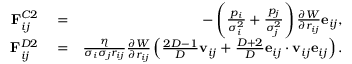
\begin{array} { r l r } { \mathbf { F } _ { i j } ^ { C 2 } } & { { } = } & { - \left( \frac { p _ { i } } { \sigma _ { i } ^ { 2 } } + \frac { p _ { j } } { \sigma _ { j } ^ { 2 } } \right) \frac { \partial { W } } { \partial { r _ { i j } } } \mathbf { e } _ { i j } , } \\ { \mathbf { F } _ { i j } ^ { D 2 } } & { { } = } & { \frac { \eta } { \sigma _ { i } \sigma _ { j } r _ { i j } } \frac { \partial { W } } { \partial { r _ { i j } } } \left( \frac { 2 D - 1 } { D } \mathbf { v } _ { i j } + \frac { D + 2 } { D } \mathbf { e } _ { i j } \cdot \mathbf { v } _ { i j } \mathbf { e } _ { i j } \right) . } \end{array}